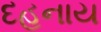
દહનાય